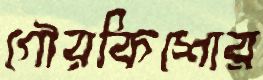
গৌরকিশোর